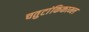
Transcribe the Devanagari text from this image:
चतुटांकिकाम्ल